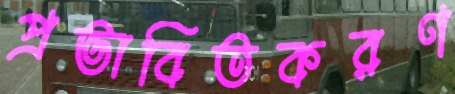
প্রভাবিতকরণ